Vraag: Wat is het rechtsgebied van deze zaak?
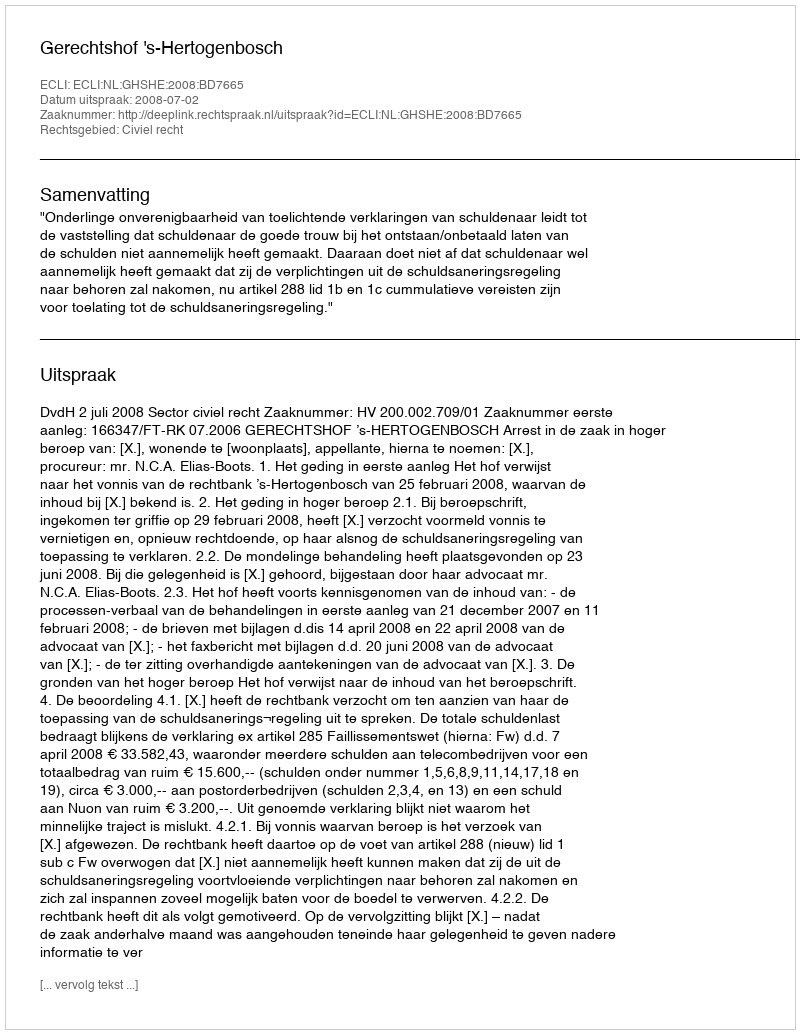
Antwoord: Civiel recht